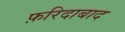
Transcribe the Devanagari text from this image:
फ़रिदाबाद